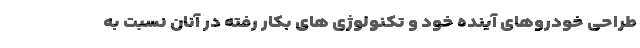
طراحی خودروهای آینده خود و تکنولوژی های بکار رفته در آنان نسبت به